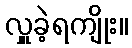
လှူခဲ့ရကျိုး။